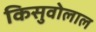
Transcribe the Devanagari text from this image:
किसुवोलाल